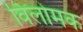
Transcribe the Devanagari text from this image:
विलोमक